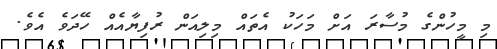
މި މީހުންގެ މުސާރަ އަށް މަހަކު އެތައް މިލިއަން ރުފިޔާއެއް ހޭދަވެ އެވެ.